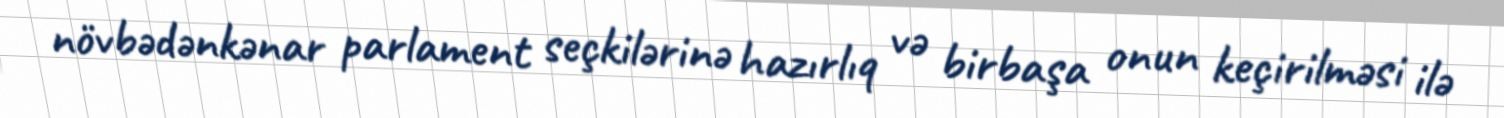
növbədənkənar parlament seçkilərinə hazırlıq və birbaşa onun keçirilməsi ilə